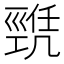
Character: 𢀫